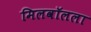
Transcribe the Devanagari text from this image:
मिलवॉलला